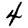
Digit: 4